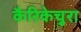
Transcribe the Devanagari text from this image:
कैरिकेचुरा